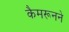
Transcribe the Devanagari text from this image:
कैमरूनने